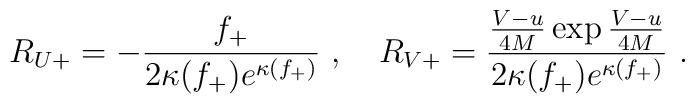
R_{U+} = -\frac{f_+}{2\kappa(f_+)e^{\kappa(f_+)}}\ ,\quad R_{V+} =  \frac{\frac{V-u}{4M}\exp\frac{V-u}{4M}}{2\kappa(f_+)e^{\kappa(f_+)}}\ .